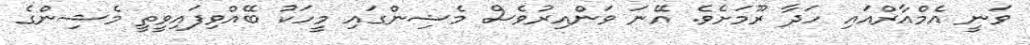
ވަނީ އެމްއާރްއައި ހަދާ ރޫމަށެވެ. އޭނަ ވަންއިރުވެސް މެޝިންގައި މީހަކު ބޭއްވިފައިވީތީ މެޝިންގެ